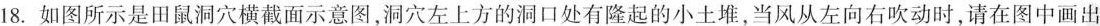
18.如图所示是田鼠洞穴横截面示意图，洞穴左上方的洞口处有隆起的小土堆，当风从左向右吹动时，请在图中画出